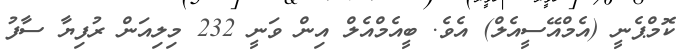
ކޮމްޕެނީ (އެމްއޭސީއެލް) އެވެ. ބީއެމްއެލް އިން ވަނީ 232 މިލިއަން ރުފިޔާ ސާފު